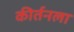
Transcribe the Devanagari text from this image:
कीर्तनला